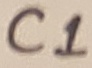
Text: C1